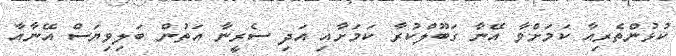
ކުޅުންތެރިއާ ކަމަށްވާ އޭނާ ގަބޫލްކުރާ ކަމަށާއި އަދި ސެރީނާ އަތުން ބަލިވިޔަސް އޭނާއާ